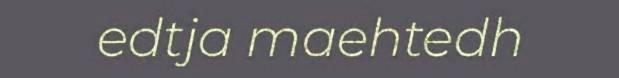
edtja maehtedh